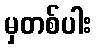
မှတစ်ပါး